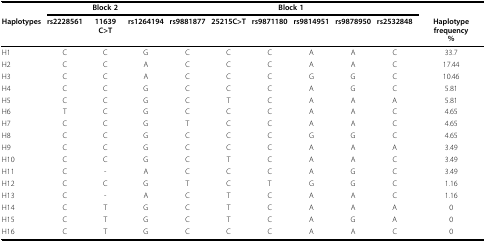
|  | <COLSPAN=3> Block 2 | <COLSPAN=6> Block 1 |  |
 | Haplotypes | rs2228561 | 11639 C>T | rs1264194 | rs9881877 | 25215C>T | rs9871180 | rs9814951 | rs9878950 | rs2532848 | Haplotype frequency% |
 | --- | --- | --- | --- | --- | --- | --- | --- | --- | --- | --- |
 | H1 | C | C | G | C | C | C | A | A | C | 33.7 |
 | H2 | C | C | A | C | C | C | A | A | C | 17.44 |
 | H3 | C | C | A | C | C | C | G | G | C | 10.46 |
 | H4 | C | C | G | C | C | C | A | G | C | 5.81 |
 | H5 | C | C | G | C | T | C | A | A | A | 5.81 |
 | H6 | T | C | G | C | C | C | A | A | C | 4.65 |
 | H7 | C | C | G | T | C | C | A | A | C | 4.65 |
 | H8 | C | C | G | C | C | C | G | G | C | 4.65 |
 | H9 | C | C | G | C | C | C | A | A | A | 3.49 |
 | H10 | C | C | G | C | T | C | A | A | C | 3.49 |
 | H11 | C | - | A | C | C | C | A | G | C | 3.49 |
 | H12 | C | C | G | T | C | T | G | G | C | 1.16 |
 | H13 | C | - | A | C | T | C | A | A | C | 1.16 |
 | H14 | C | T | G | C | T | C | A | A | A | 0 |
 | H15 | C | T | G | C | T | C | A | G | A | 0 |
 | H16 | C | T | G | C | C | C | A | A | C | 0 |